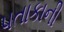
પતાકાની